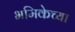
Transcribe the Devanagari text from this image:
भमिकेच्या